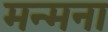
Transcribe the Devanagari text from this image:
मन्मना